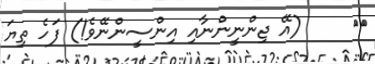
٢١     (އޭ ޖިންނީންނާއި އިންސީންނޭވެ!) ފަހެ ތިޔަ